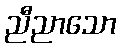
ညီညာသော